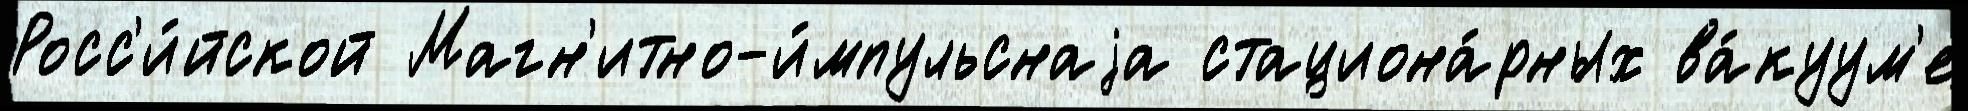
Росс'и́йской Магн'итно-и́мпульснаjа стациона́рных ва́куум'е